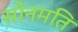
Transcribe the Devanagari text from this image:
सोनमति